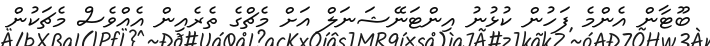
ބޫޓާން އެންމެ ފަހުން ކުޅުނު އިންޓަނޭޝަނަލް އަށް މެޗްގެ ތެރެއިން އެއްވެސް މެޗަކުން